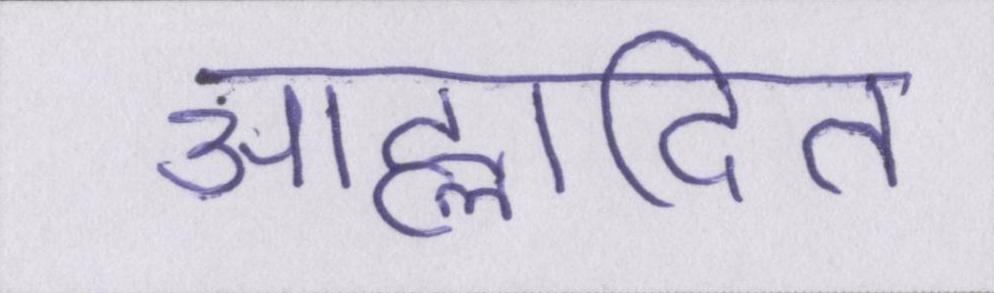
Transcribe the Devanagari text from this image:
आह्लादित